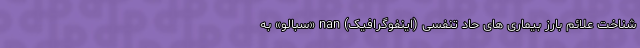
شناخت علائم بارز بیماری های حاد تنفسی (اینفوگرافیک) nan «سبالو» به